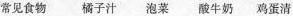
常见食物 橘子汁 泡菜 酸牛奶 鸡蛋清